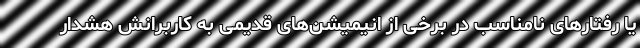
یا رفتارهای نامناسب در برخی از انیمیشن‌های قدیمی به کاربرانش هشدار